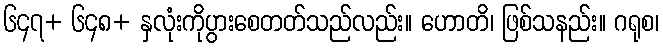
၆၄၇+ ၆၄၈+ နှလုံးကိုပွားစေတတ်သည်လည်း။ ဟောတိ၊ ဖြစ်သနည်း။ ဂရုစ၊